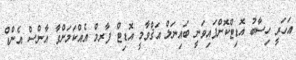
އަހަރީ ހިސާބު އޮޑިޓްކޮށްފައިވަނީ ބައިނަލް އަޤްވާމީ އޮޑިޓް ފާރމް އެއްކަމަށްވާ އާންސް އެންޑް